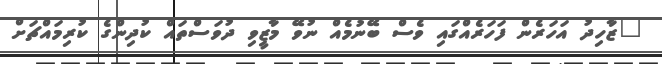
"ޒާހިދު އަހަރެން ފަހަރެއްގައި ވެސް ބޭނުމެއް ނުވޭ މާޒީވި ދުވަސްތައް ކުދިންގެ ކުރިމައްޗަށް